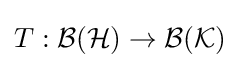
T:{\mathcal {B}}({\mathcal {H}})\rightarrow {\mathcal {B}}({\mathcal {K}})